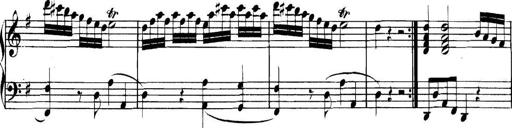
Title: Collected Piano Sonatas
Composer: Muzio Clementi